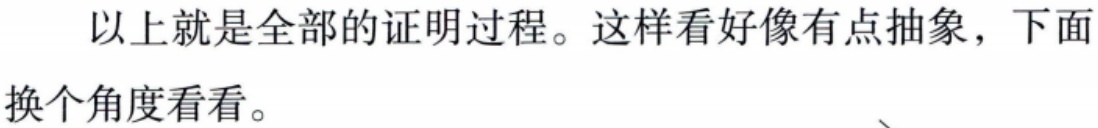
以上就是全部的证明过程。这样看好像有点抽象，下面换个角度看看。